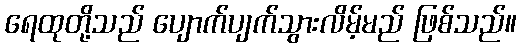
ရေထုတို့သည် ပျောက်ပျက်သွားလိမ့်မည် ဖြစ်သည်။